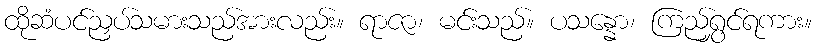
ထိုဆံပင်ညှပ်သမားသည်အားလည်း။ ရာဇာ၊ မင်းသည်။ ပသန္နော၊ ကြည်ရွှင်ရကား။